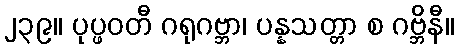
၂၃၉။ ပုပ္ဖဝတီ ဂရုဂဗ္ဘာ၊ ပန္နသတ္တာ စ ဂဗ္ဘိနီ။